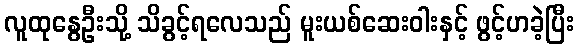
လူထုနွေဦးသို့ သိခွင့်ရလေသည် မူးယစ်ဆေးဝါးနှင့် ဖွင့်ဟခဲ့ပြီး